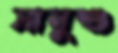
সানুশু